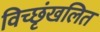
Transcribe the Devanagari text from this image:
विच्छृंखलित